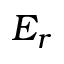
E _ { r }